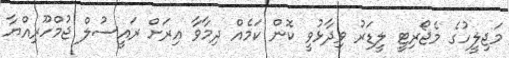
މަޖިލީހުގެ މެޖޯރިޓީ ލީޑަރު ވިދާޅުވީ ކޮން ކަމެއް ދިމާވާ އިރަށް ރައީސުލް ޖުމްހޫރިއްޔާ